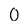
Character: O